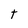
Character: t